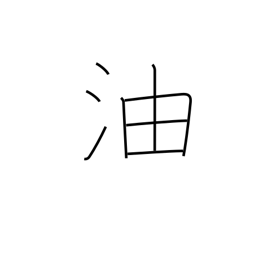
Meaning: oil